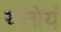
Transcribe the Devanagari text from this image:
यत्तोयं